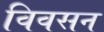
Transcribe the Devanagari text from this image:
विवसन